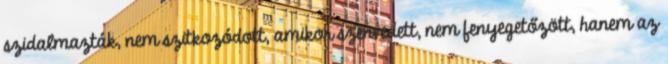
szidalmazták, nem szitkozódott, amikor szenvedett, nem fenyegetőzött, hanem az